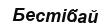
Бестібай